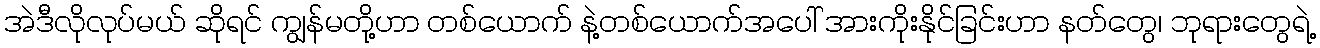
အဲဒီလိုလုပ်မယ် ဆိုရင် ကျွန်မတို့ဟာ တစ်ယောက် နဲ့တစ်ယောက်အပေါ် အားကိုးနိုင်ခြင်းဟာ နတ်တွေ၊ ဘုရားတွေရဲ့